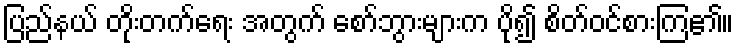
ပြည်နယ် တိုးတက်ရေး အတွက် စော်ဘွားများက ပို၍ စိတ်ဝင်စားကြ၏။